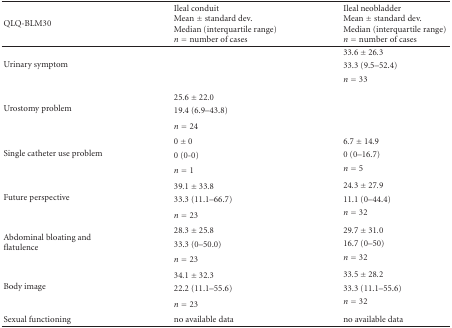
<table><thead><tr><td><b> QLQ-BLM30</b></td><td><b>Ileal conduitMean ± standard dev.Median (interquartile range)<i>n</i> = number of cases</b></td><td><b>Ileal neobladderMean ± standard dev.Median (interquartile range)<i>n</i> = number of cases</b></td></tr></thead><tbody><tr><td rowspan="3">Urinary symptom</td><td></td><td>33.6 ± 26.3</td></tr><tr><td></td><td>33.3 (9.5–52.4)</td></tr><tr><td></td><td><i>n</i> = 33</td></tr><tr><td rowspan="3">Urostomy problem</td><td>25.6 ± 22.0</td><td></td></tr><tr><td>19.4 (6.9–43.8)</td><td></td></tr><tr><td><i>n</i> = 24</td><td></td></tr><tr><td rowspan="3">Single catheter use problem</td><td>0 ± 0</td><td>6.7 ± 14.9</td></tr><tr><td>0 (0-0)</td><td>0 (0–16.7)</td></tr><tr><td><i>n</i> = 1</td><td><i>n</i> = 5</td></tr><tr><td rowspan="3">Future perspective</td><td>39.1 ± 33.8</td><td>24.3 ± 27.9</td></tr><tr><td>33.3 (11.1–66.7)</td><td>11.1 (0–44.4)</td></tr><tr><td><i>n</i> = 23</td><td><i>n</i> = 32</td></tr><tr><td rowspan="3">Abdominal bloating and flatulence</td><td>28.3 ± 25.8</td><td>29.7 ± 31.0</td></tr><tr><td>33.3 (0–50.0)</td><td>16.7 (0–50)</td></tr><tr><td><i>n</i> = 23</td><td><i>n</i> = 32</td></tr><tr><td rowspan="3">Body image</td><td>34.1 ± 32.3</td><td>33.5 ± 28.2</td></tr><tr><td>22.2 (11.1–55.6)</td><td>33.3 (11.1–55.6)</td></tr><tr><td><i>n</i> = 23</td><td><i>n</i> = 32</td></tr><tr><td>Sexual functioning</td><td>no available data</td><td>no available data</td></tr></tbody></table>